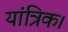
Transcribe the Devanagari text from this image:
यांत्रिक।